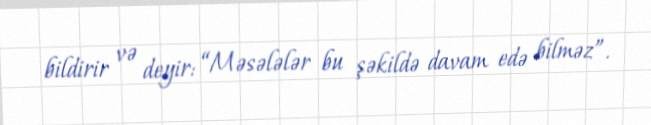
bildirir və deyir: “Məsələlər bu şəkildə davam edə bilməz”.